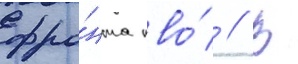
фро́нта пво́ // В